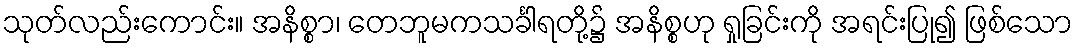
သုတ်လည်းကောင်း။ အနိစ္စာ၊ တေဘူမကသင်္ခါရတို့၌ အနိစ္စဟု ရှုခြင်းကို အရင်းပြု၍ ဖြစ်သော